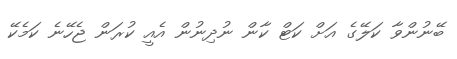
ބޭނުންވާ ކަލޭގެ އަށް ކަޓް ކާން ނުދިނުން އެއީ ކުރަން ޖެހޭނެ ކަމެކޭ